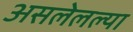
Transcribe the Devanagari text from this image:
असलेलल्या